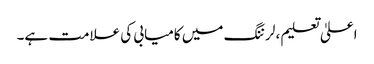
اعلیٰ تعلیم ، لرننگ میں کامیابی کی علامت ہے۔